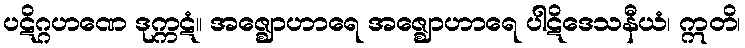
ပဋိဂ္ဂဟဏေ ဒုက္ကဋံ။ အဇ္ဈောဟာရေ အဇ္ဈောဟာရေ ပါဋိဒေသနီယံ၊ ဣတိ၊